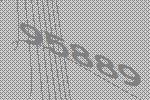
95889